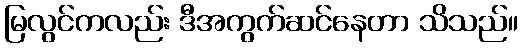
မြလွင်ကလည်း ဒီအကွက်ဆင်နေတာ သိသည်။